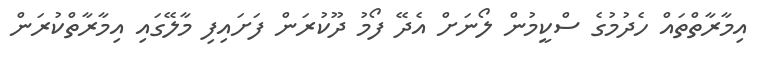
އިމާރާތްތައް ހެދުމުގެ ސްކީމުން ލޯނަށް އެދޭ ފޯމު ދޫކުރަން ފަށައިފި މާލޭގައި އިމާރާތްކުރަން